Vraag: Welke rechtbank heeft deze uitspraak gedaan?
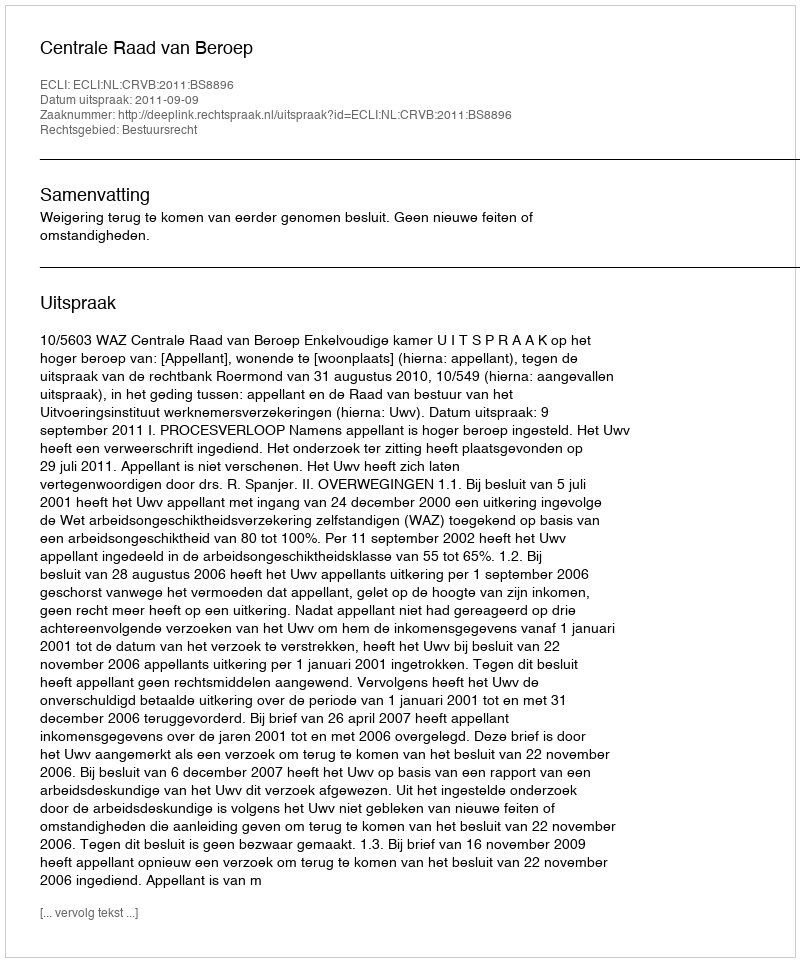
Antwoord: Centrale Raad van Beroep